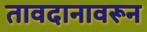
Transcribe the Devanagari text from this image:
तावदानावरून